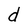
Character: d